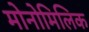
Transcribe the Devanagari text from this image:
मोनोमिलिक